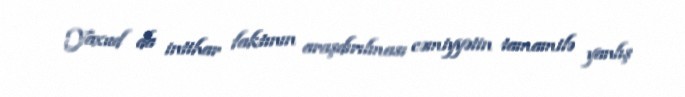
Yaxud da intihar faktının araşdırılması cəmiyyətin tamamilə yanlış